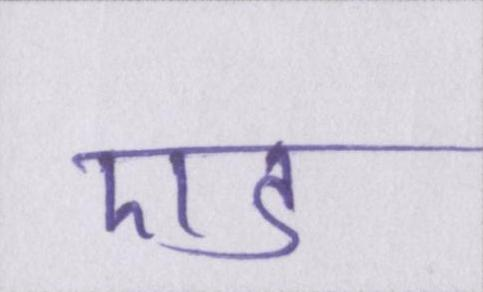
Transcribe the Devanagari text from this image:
एड